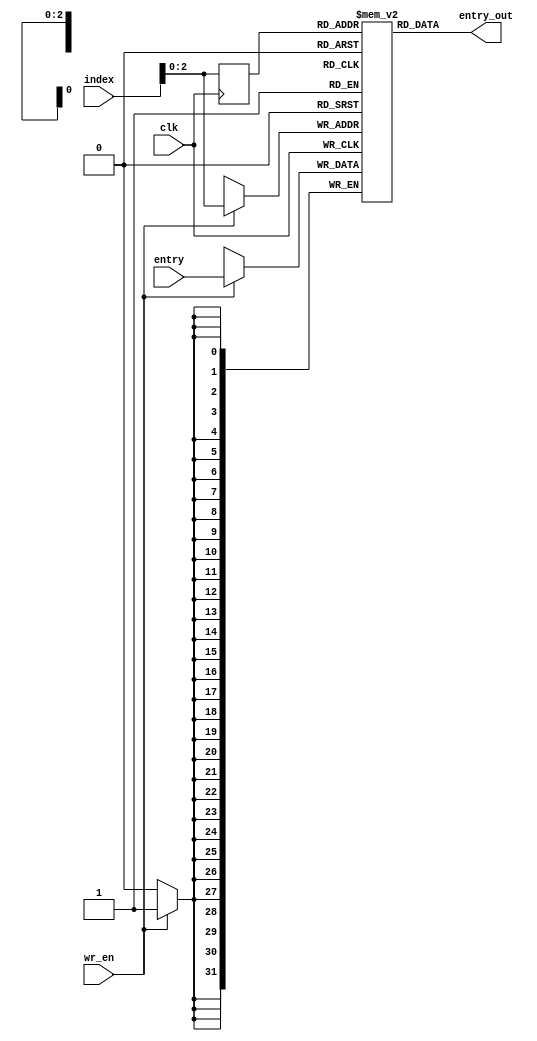
// Quartus Prime Verilog Template
// Single port RAM with single read/write address 

module RAM 
#(parameter DATA_WIDTH=32, parameter SIZE = 6, FILE_NAME="")
(
	input [(DATA_WIDTH-1):0] entry,
	input [31:0] index,
	input wr_en,
	input clk,
	output [(DATA_WIDTH-1):0] entry_out
);

	// Declare the RAM variable
	reg [DATA_WIDTH-1:0] mem[SIZE-1:0];

	// Variable to hold the registered read address
	reg [31:0] addr_reg;

	always @ (posedge clk)
	begin
		// Write
		if (wr_en)
			mem[index] <= entry;

		addr_reg <= index;
	end

	// Continuous assignment implies read returns NEW data.
	// This is the natural behavior of the TriMatrix memory
	// blocks in Single Port mode.  
	assign entry_out = mem[addr_reg];
	
	initial begin
		if (FILE_NAME != "") $readmemb(FILE_NAME, mem);
	end

endmodule